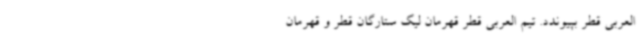
العربی قطر بپیوندد. تیم العربی قطر قهرمان لیگ ستارگان قطر و قهرمان